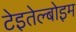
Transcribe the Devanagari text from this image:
टेइतेल्बोइम